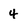
Character: 4